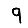
Digit: 9